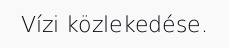
Vízi közlekedése.